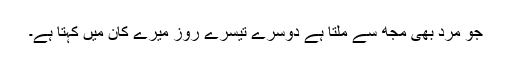
جو مرد بھی مجھ سے ملتا ہے دوسرے تیسرے روز میرے کان میں کہتا ہے۔